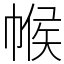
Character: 帿